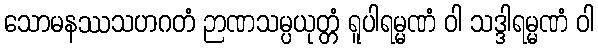
သောမနဿသဟဂတံ ဉာဏသမ္ပယုတ္တံ ရူပါရမ္မဏံ ဝါ သဒ္ဒါရမ္မဏံ ဝါ